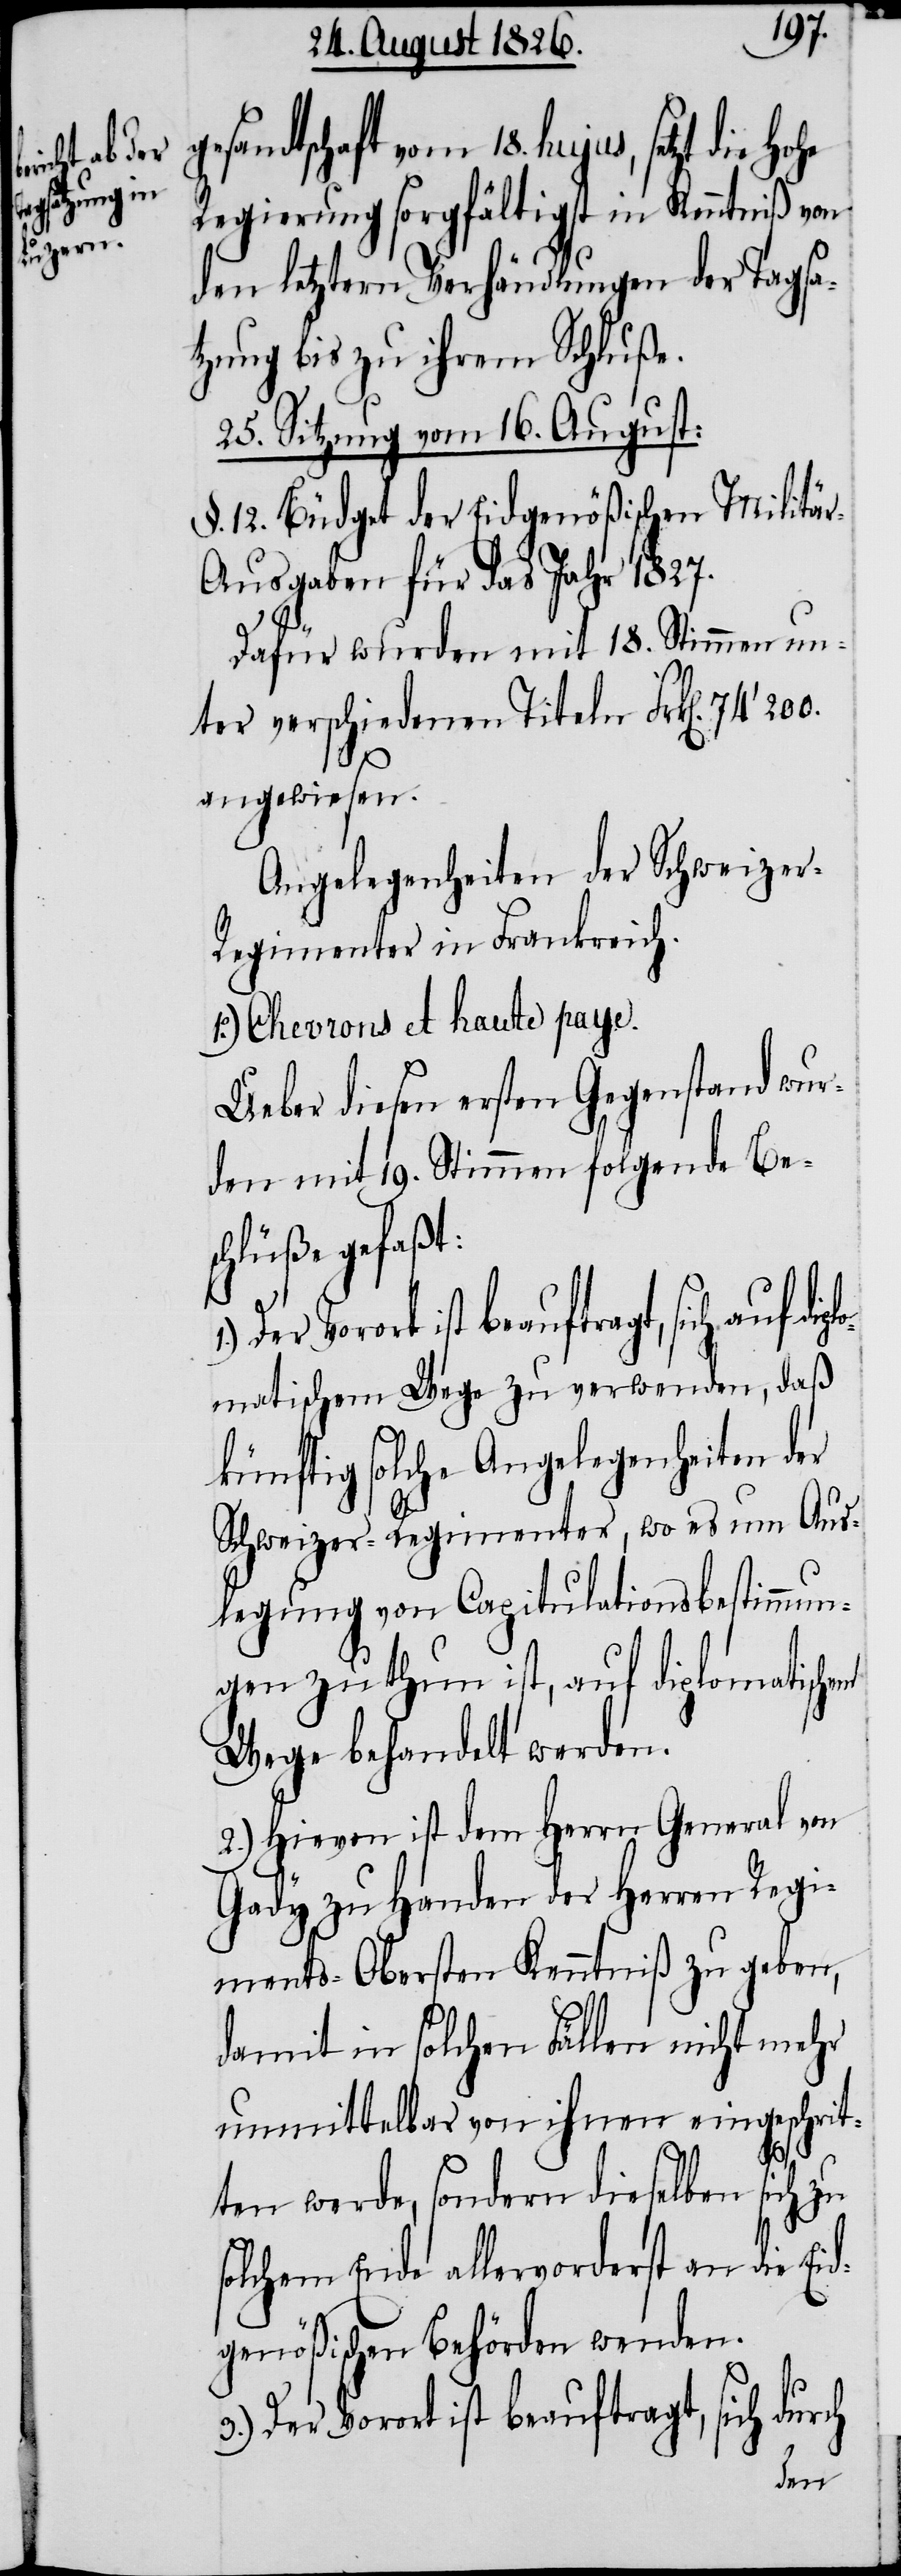
esandtschaft vom 18. hujus, setzt die
Regierung sorgfältigst in Kenntniß von
den letztern Verhändlungen [si¬
tzung bis zu ihrem Schluße.
25. Sitzung vom 16. August:
§. 12. Büdget der Eidgenößischen Militä¬
r-Ausgaben für das Jahr 1827.
Dafür wurden mit 18. Stimmen un¬
ter verschiedenen Titeln Frk[en]. 74‘200.
angewiesen.
Angelegenheiten der Schweize¬
r-Regimenter in Frankreich.
1o.) Chevrons et haute paye.
Ueber diesen ersten Gegenstand wur¬
den mit 19. Stimmen folgende Be¬
schlüße gefaßt:
matischem Wege zu verwenden, daß
künftig solche Angelegenheiten der
Schweizer-Regimenter, wo es um Aus¬
legung von Capitulationsbestimmun¬
gen zu thun ist, auf diplomatischem
Wege behandelt werden.
2.) Hievon ist dem Herrn General von
Gady zu Handen der Herren Regi¬
ments-Obersten Kenntniß zu geben,
damit in solchen Fällen nicht mehr
unmittelbar von ihnen eingeschrit¬
plo¬
ten werde, sondern dieselben sich zu
solchem Ende allervorderst an die Eid¬
genößischen Behörden wenden.
3.) Der Vorort ist beauftragt, sich durch
der